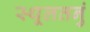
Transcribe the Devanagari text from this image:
स्थूलतनुं